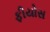
ફીયોસ